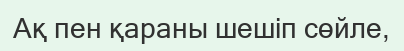
Ақ пен қараны шешіп сөйле,